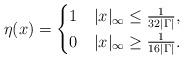
LaTeX: \begin{align*}\eta(x) = \begin{cases}1 & |x|_\infty \leq \tfrac{1}{32 |\Gamma|}, \\0 & |x|_\infty \geq \tfrac{1}{16 |\Gamma|}. \end{cases}\end{align*}